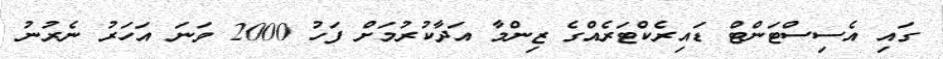
ގައި އެސިސްޓަންޓް ޑައިރެކްޓަރެއްގެ ޒިންމާ އަދާކުރުމަށް ފަހު 2000 ވަނަ އަހަރު ނެރުނު